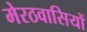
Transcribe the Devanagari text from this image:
मेरठवासियों